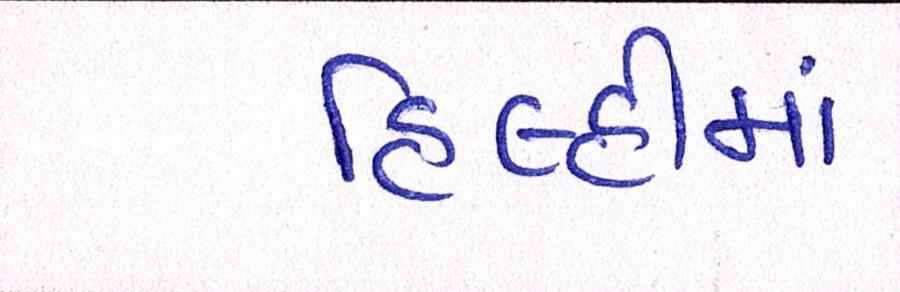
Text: દિલ્હીમાં